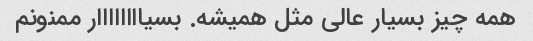
همه چیز بسیار عالی مثل همیشه. بسیاااااااار ممنونم